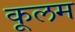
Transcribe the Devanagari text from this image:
कूलम